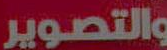
والتصوير